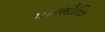
પરાભૌતિક